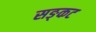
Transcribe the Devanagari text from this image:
सङ्कट